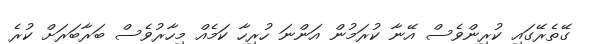
ގޭތެރޭގައި ކުރިންވެސް އޭނާ ކުރަމުން އަންނަ ހުރިހާ ކަމެއް މިހާރުވެސް ބަރާބަރަށް ކުރެ